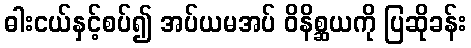
ဓါးငယ်နှင့်စပ်၍ အပ်ယမအပ် ဝိနိစ္ဆယကို ပြဆိုခန်း